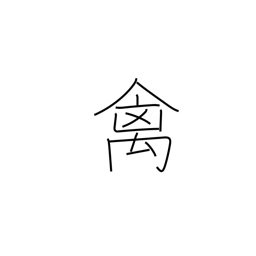
Meaning: bird